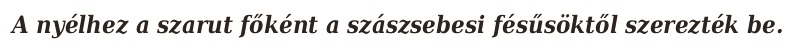
A nyélhez a szarut főként a szászsebesi fésűsöktől szerezték be.